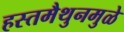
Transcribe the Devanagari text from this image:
हस्तमैथुनमुळे